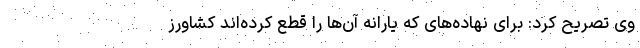
وی تصریح کرد: برای نهاده‌های که یارانه آن‌ها را قطع کرده‌اند کشاورز